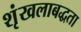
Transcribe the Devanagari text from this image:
शृंखलाबद्धता